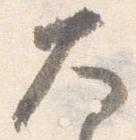
大